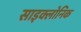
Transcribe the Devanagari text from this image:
साइक्लोनिक